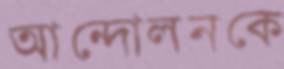
আন্দোলনকে